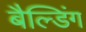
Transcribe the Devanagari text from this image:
बैल्डिंग